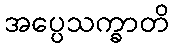
အပ္ပေသက္ခာတိ